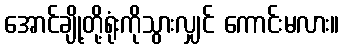
အောင်ချို့တို့ရုံးကိုသွားလျှင် ကောင်းမလား။